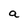
Character: a